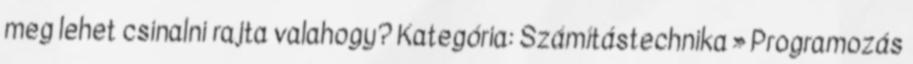
meg lehet csinalni rajta valahogy? Kategória: Számítástechnika » Programozás